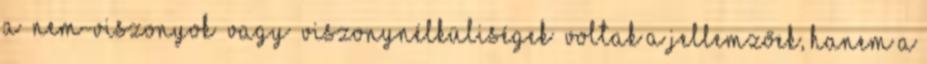
a „nem-viszonyok” vagy „viszonynélküliségek” voltak a jellemzőek, hanem a